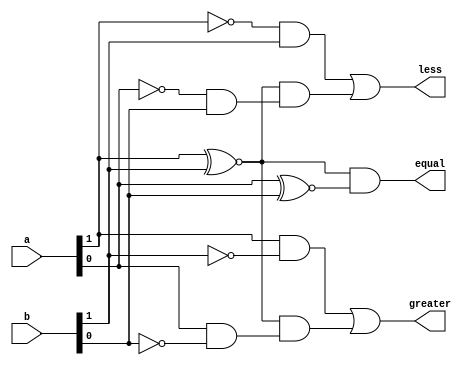
`timescale 1ns / 1ps
module twobitcmp(equal,greater,less,a,b);

    output equal, greater, less;
    input [1:0] a, b;
    assign equal = (a[1] ^~ b[1]) & (a[0] ^~ b[0]);
    assign greater = (a[1] & ~b[1]) | ((a[1] ^~ b[1]) & (a[0] & ~b[0])) ;
    assign less = (~a[1] & b[1]) | ((a[1] ^~ b[1]) & (~a[0] & b[0])) ; 

endmodule